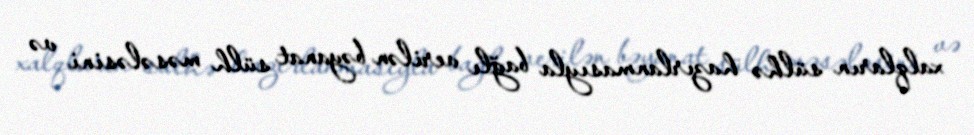
xalqların sülhə hazırlanmasıyla bağlı verilən bəyanat sülh məsələsini və